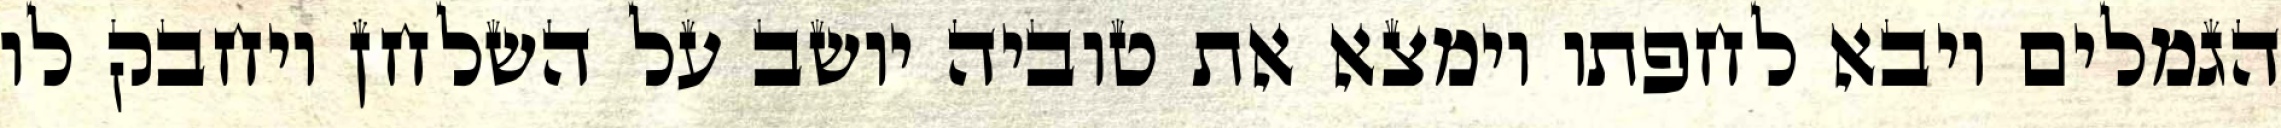
הגמלים ויבא לחפתו וימצא את טוביה יושב על השלחן ויחבק לו